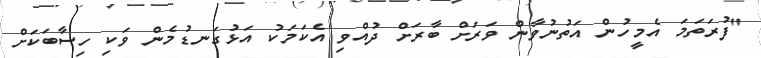
"ފުރަތަމަ އެމީހުން އަތުނުވާން ވަރަށް ބާރަށް ދުއްވި އެކަމަކު އަޅުގަނޑުމެން ވަކި ހިސާބަކަށް